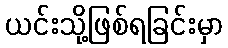
ယင်းသို့ဖြစ်ရခြင်းမှာ